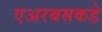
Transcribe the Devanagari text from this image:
एअरबसकडे